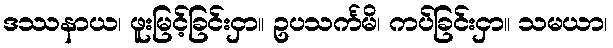
ဒဿနာယ၊ ဖူးမြင့်ခြင်းငှာ။ ဥပသင်္ကမိ၊ ကပ်ခြင်းငှာ။ သမယာ၊